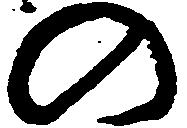
の